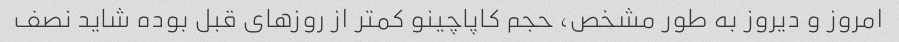
امروز و دیروز به طور مشخص٬ حجم کاپاچینو کمتر از روزهای قبل بوده شاید نصف